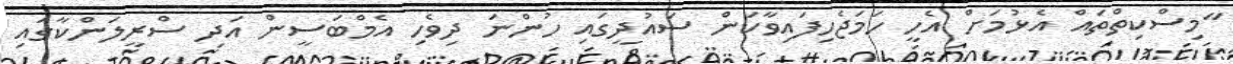
"މިސްކިތްތައް އެޅުމަށް އެހީ ހަމަޖެހިފައިވާކަން ސައުދީގައި ހުންނަ ދިވެހި އެމްބަސީން އަދި ސްރީލަންކާގައި